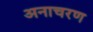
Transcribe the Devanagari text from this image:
अनाचरण